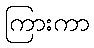
ကြားကာ